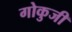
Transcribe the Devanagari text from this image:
गोकुजी